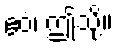
ဧဝံ၊ ဤသို့။